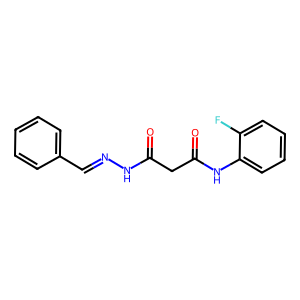
SMILES: O=C(CC(=O)Nc1ccccc1F)NN=Cc1ccccc1
Inhibits HIV replication: No